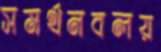
সমর্থনবলয়